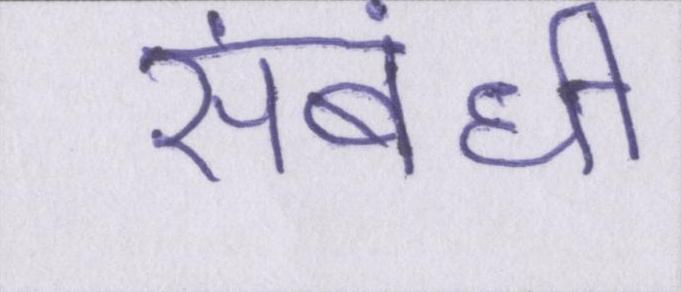
संबंधी